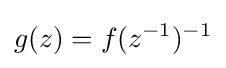
g(z)=f(z^{-1})^{-1}